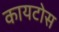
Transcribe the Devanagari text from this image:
कायटोस